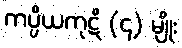
ကပ္ပိယကုဋိ (၄) မျိုး